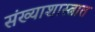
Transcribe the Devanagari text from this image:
संख्याशास्त्रात